NAE_ERA_R-30_Eesti_Riiklik_Spordiamet, lk 60
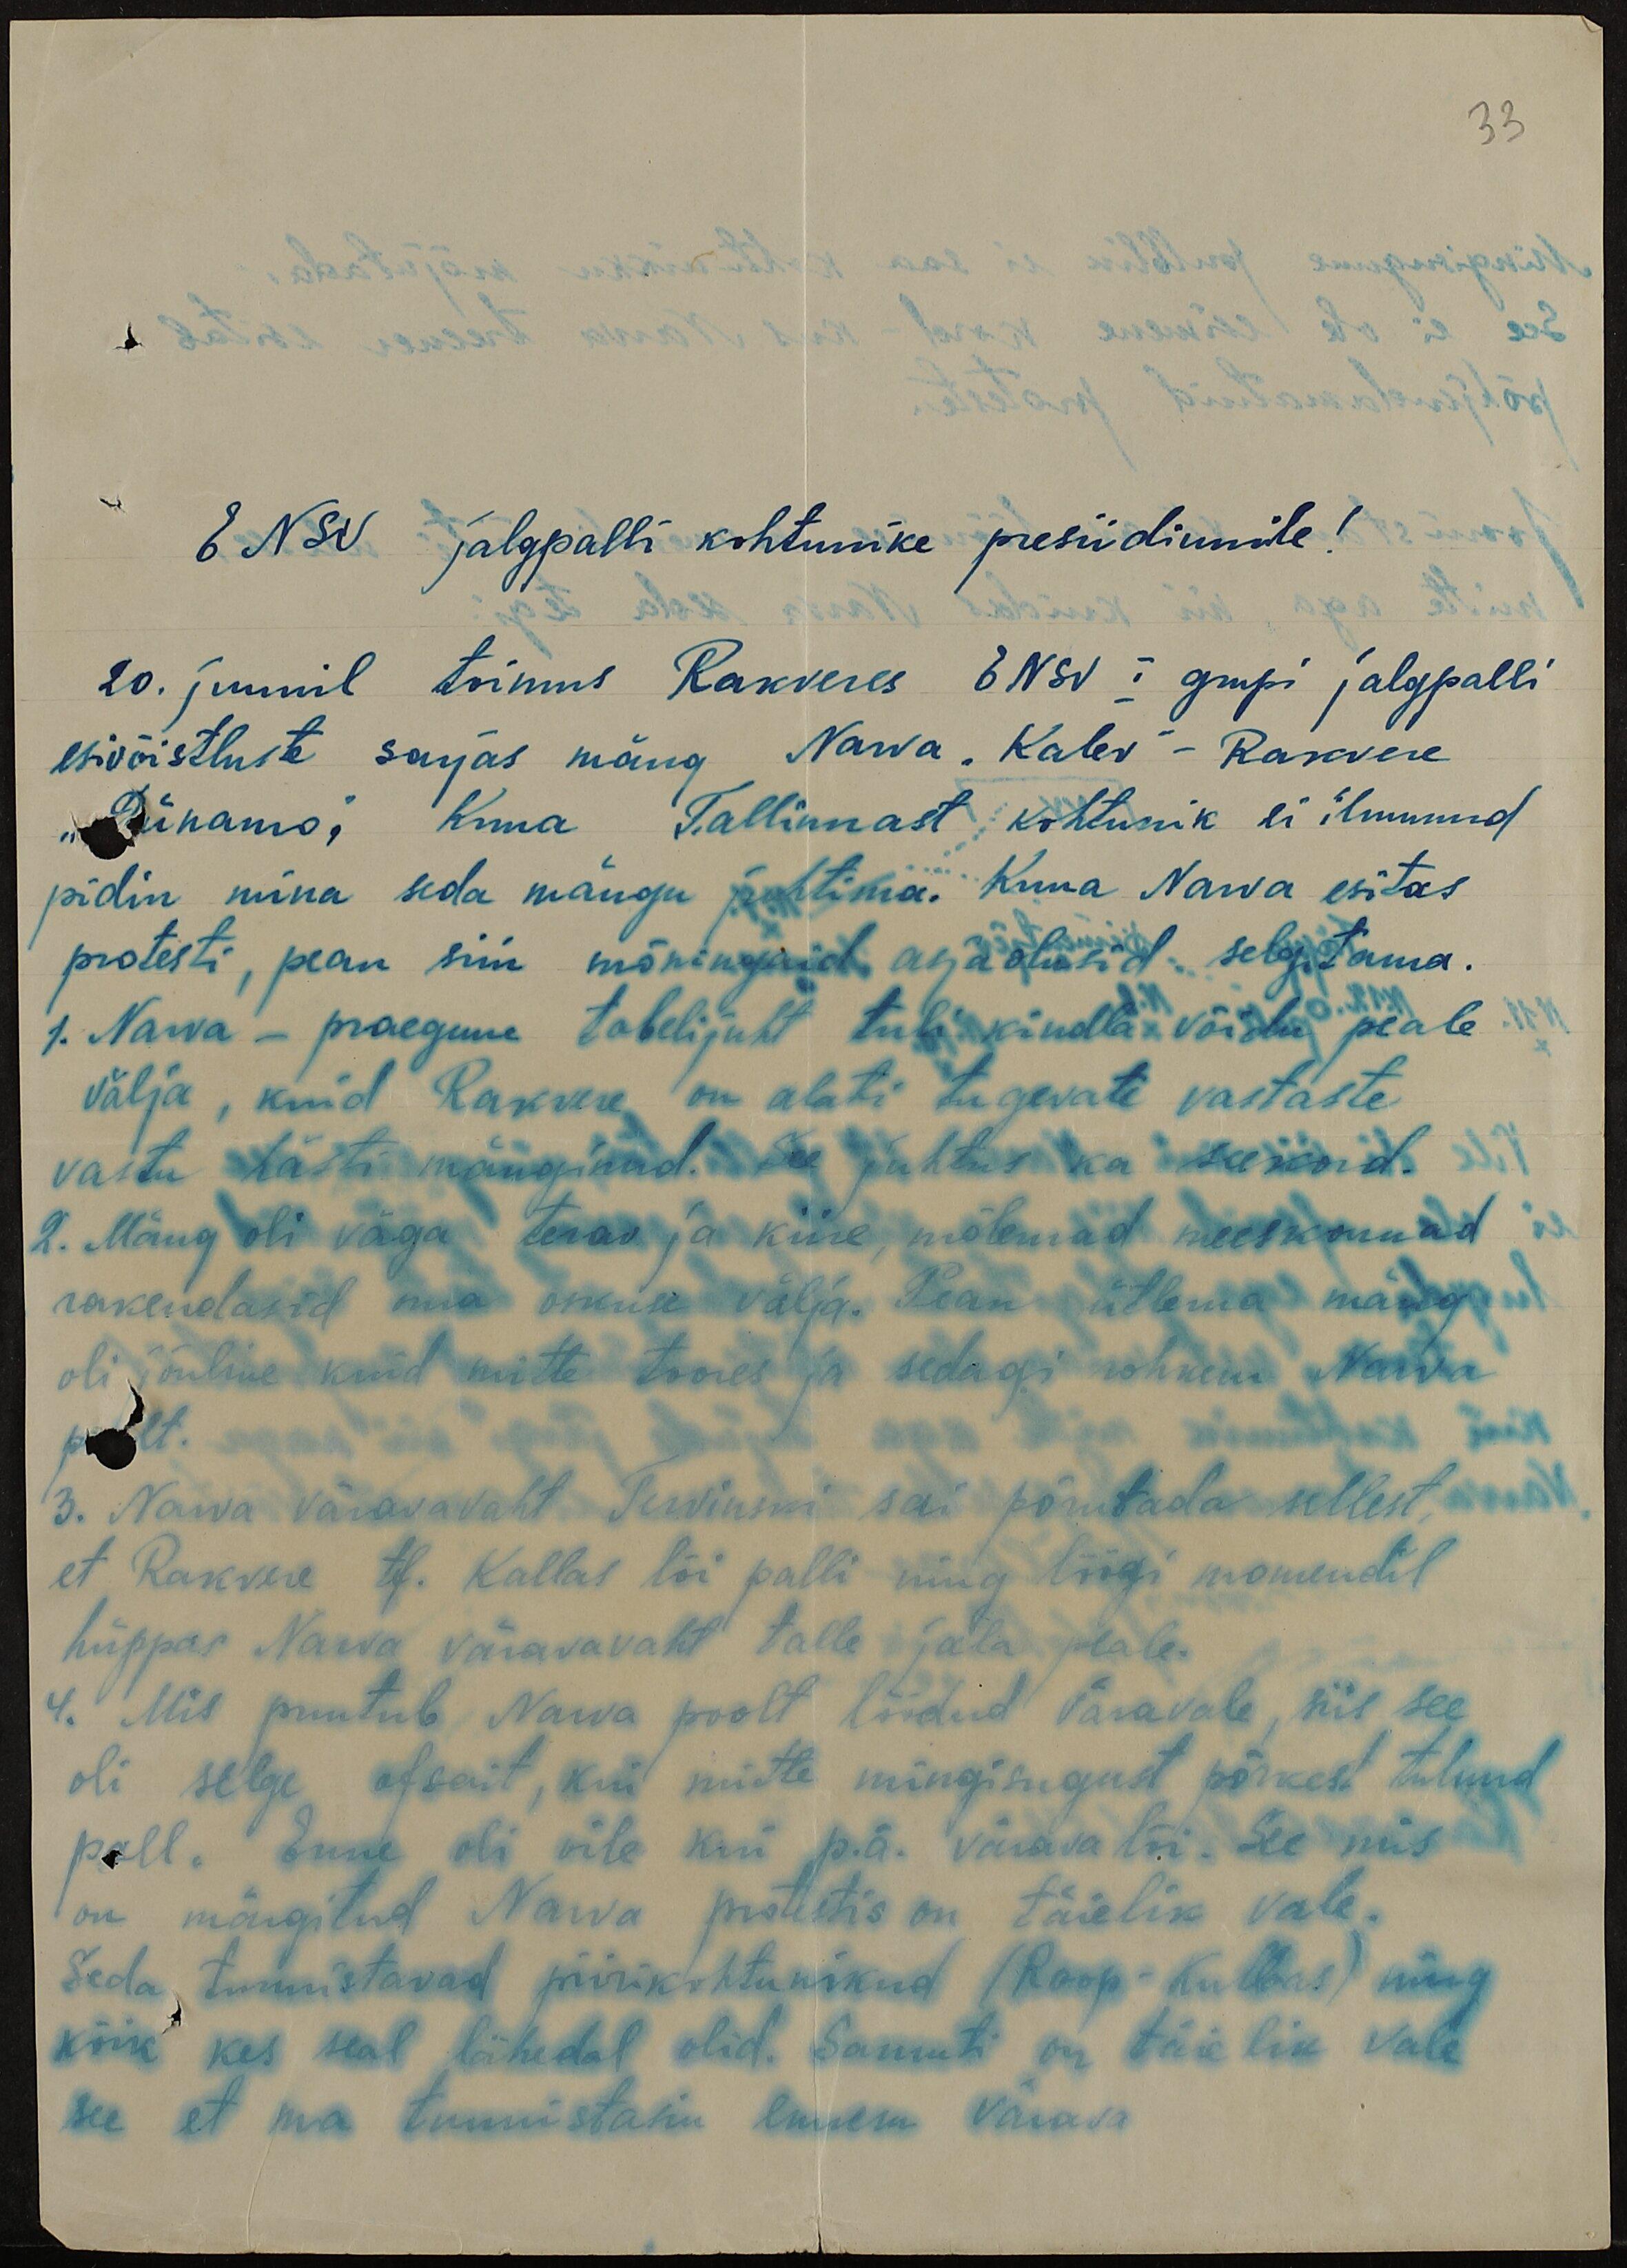
33
ENSV jalgpalli kohtunike presiidiumile!
20. juunil toimus Rakveres ENSV I grupi jalgpalli
esivõistluste sarjas mäng Narva "Kalev" - Rakvere
"Dünamo." Kuna Tallinnast kohtunik ei ilmunud
pidin mina seda mängu juhtima. Kuna Narva esitas
protesti, pean siin mõningaid asjaolusid selgitama.
1. Narva - praegune tabelijuht tuli kindla võidu peale
välja, kuid Rakvere on alati tugevate vastaste
vastu hästi mänginud. See juhtus ka seekord.
2. Mäng oli väga terav ja kiire, mõlemad meeskonnad
rakendasid oma oskusi välja. Pean ütlema mäng
oli jõuline kuid mitte toores ja sedagi rohkem Narva
poolt.
3. Narva väravavaht Tervinski sai põrutada sellest,
et Rakvere tf. Kallas lõi palli ning löögi momendil
hüppas Narva väravavaht talle jala peale.
4. Mis puutub Narva poolt löödud väravale, siis see
oli selge ofsait, kui mitte mingisugust põrkest tulnud
pall. Enne oli vile kui p.ä. värava lõi. See mis
on märgitud Narva protestis on täielik vale.
Seda tunnistavad piirikohtunikud (Roop-Kulbas) ning
kõik kes seal lähedal olid. Samuti on täielik vale
see et ma tunnistasin ennem värava